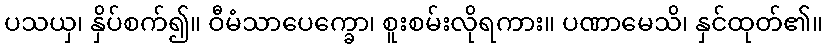
ပသယှ၊ နှိပ်စက်၍။ ဝီမံသာပေက္ခော၊ စူးစမ်းလိုရကား။ ပဏာမေသိ၊ နှင်ထုတ်၏။